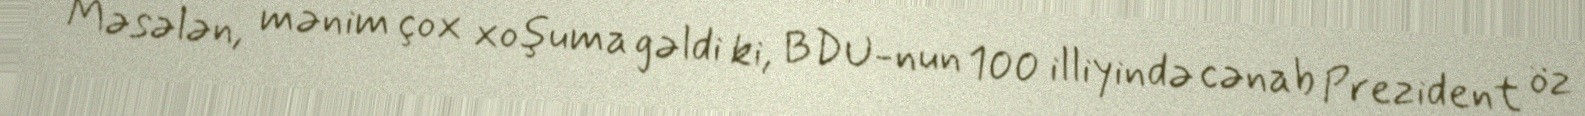
Məsələn, mənim çox xoşuma gəldi ki, BDU-nun 100 illiyində cənab Prezident öz